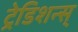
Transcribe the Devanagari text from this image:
ट्रेडिशन्स्‌